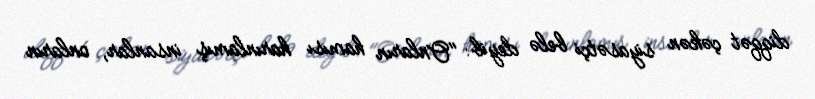
diqqət çəkən siyasətçi belə deyib: "Onların hamısı harınlamış insanlar, onların